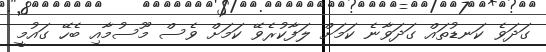
ގަދަވެ ކަނޑުތައް ގަދަވާނެ ކަމަށް ލަފާކުރެވޭ ކަމަށް ވެސް މޫސުމާއި ބެހޭ ގައުމީ